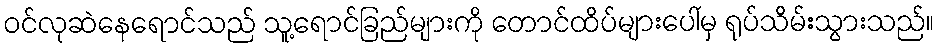
ဝင်လုဆဲနေရောင်သည် သူ့ရောင်ခြည်များကို တောင်ထိပ်များပေါ်မှ ရုပ်သိမ်းသွားသည်။